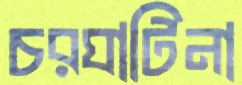
চরঘাটিনা